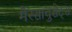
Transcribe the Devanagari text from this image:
मैस्साचुसेट्स